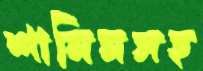
শামিমসহ